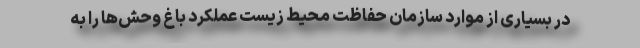
در بسیاری از موارد سازمان حفاظت محیط زیست عملکرد باغ‌ وحش‌ها را به